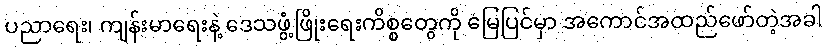
ပညာရေး၊ ကျန်းမာရေးနဲ့ ဒေသဖွံ့ဖြိုးရေးကိစ္စတွေကို မြေပြင်မှာ အကောင်အထည်ဖော်တဲ့အခါ